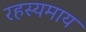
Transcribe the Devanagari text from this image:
रहस्यमाय